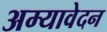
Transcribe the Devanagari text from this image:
अम्यावेदन